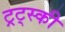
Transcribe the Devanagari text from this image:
ट्रट्स्की